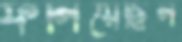
ফলিয়েছিল